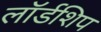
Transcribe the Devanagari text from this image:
लॉर्डशिप